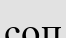
соп